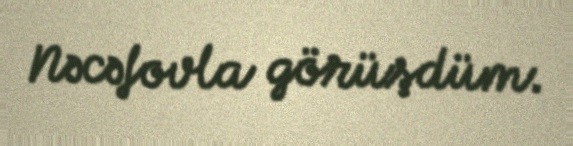
Nəcəfovla görüşdüm.